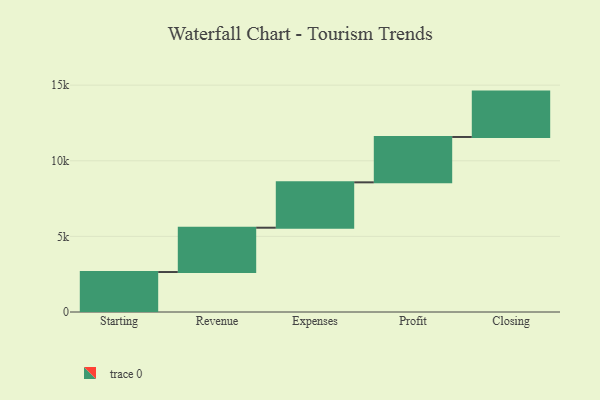
{"axis": {"x": "Step", "y": "Value"}, "legend": [""], "data": [{"x": "Starting", "y": 2643.0, "type": ""}, {"x": "Revenue", "y": 2931.0, "type": ""}, {"x": "Expenses", "y": 3000, "type": ""}, {"x": "Profit", "y": 3000, "type": ""}, {"x": "Closing", "y": 3000, "type": ""}]}